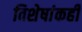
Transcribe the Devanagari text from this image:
विशेषांकही